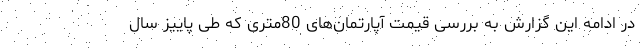
در ادامه این گزارش به بررسی قیمت آپارتمان‌های 80متری که طی پاییز سال